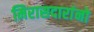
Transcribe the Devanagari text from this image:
मिरासदारांनो